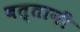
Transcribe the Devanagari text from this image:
बत्तानी